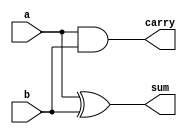
`timescale 1 ns/10 ps
module halfadder
(
   input a,b,
   output  sum,carry
);

assign sum=a^b;
assign carry=a&b;
endmodule